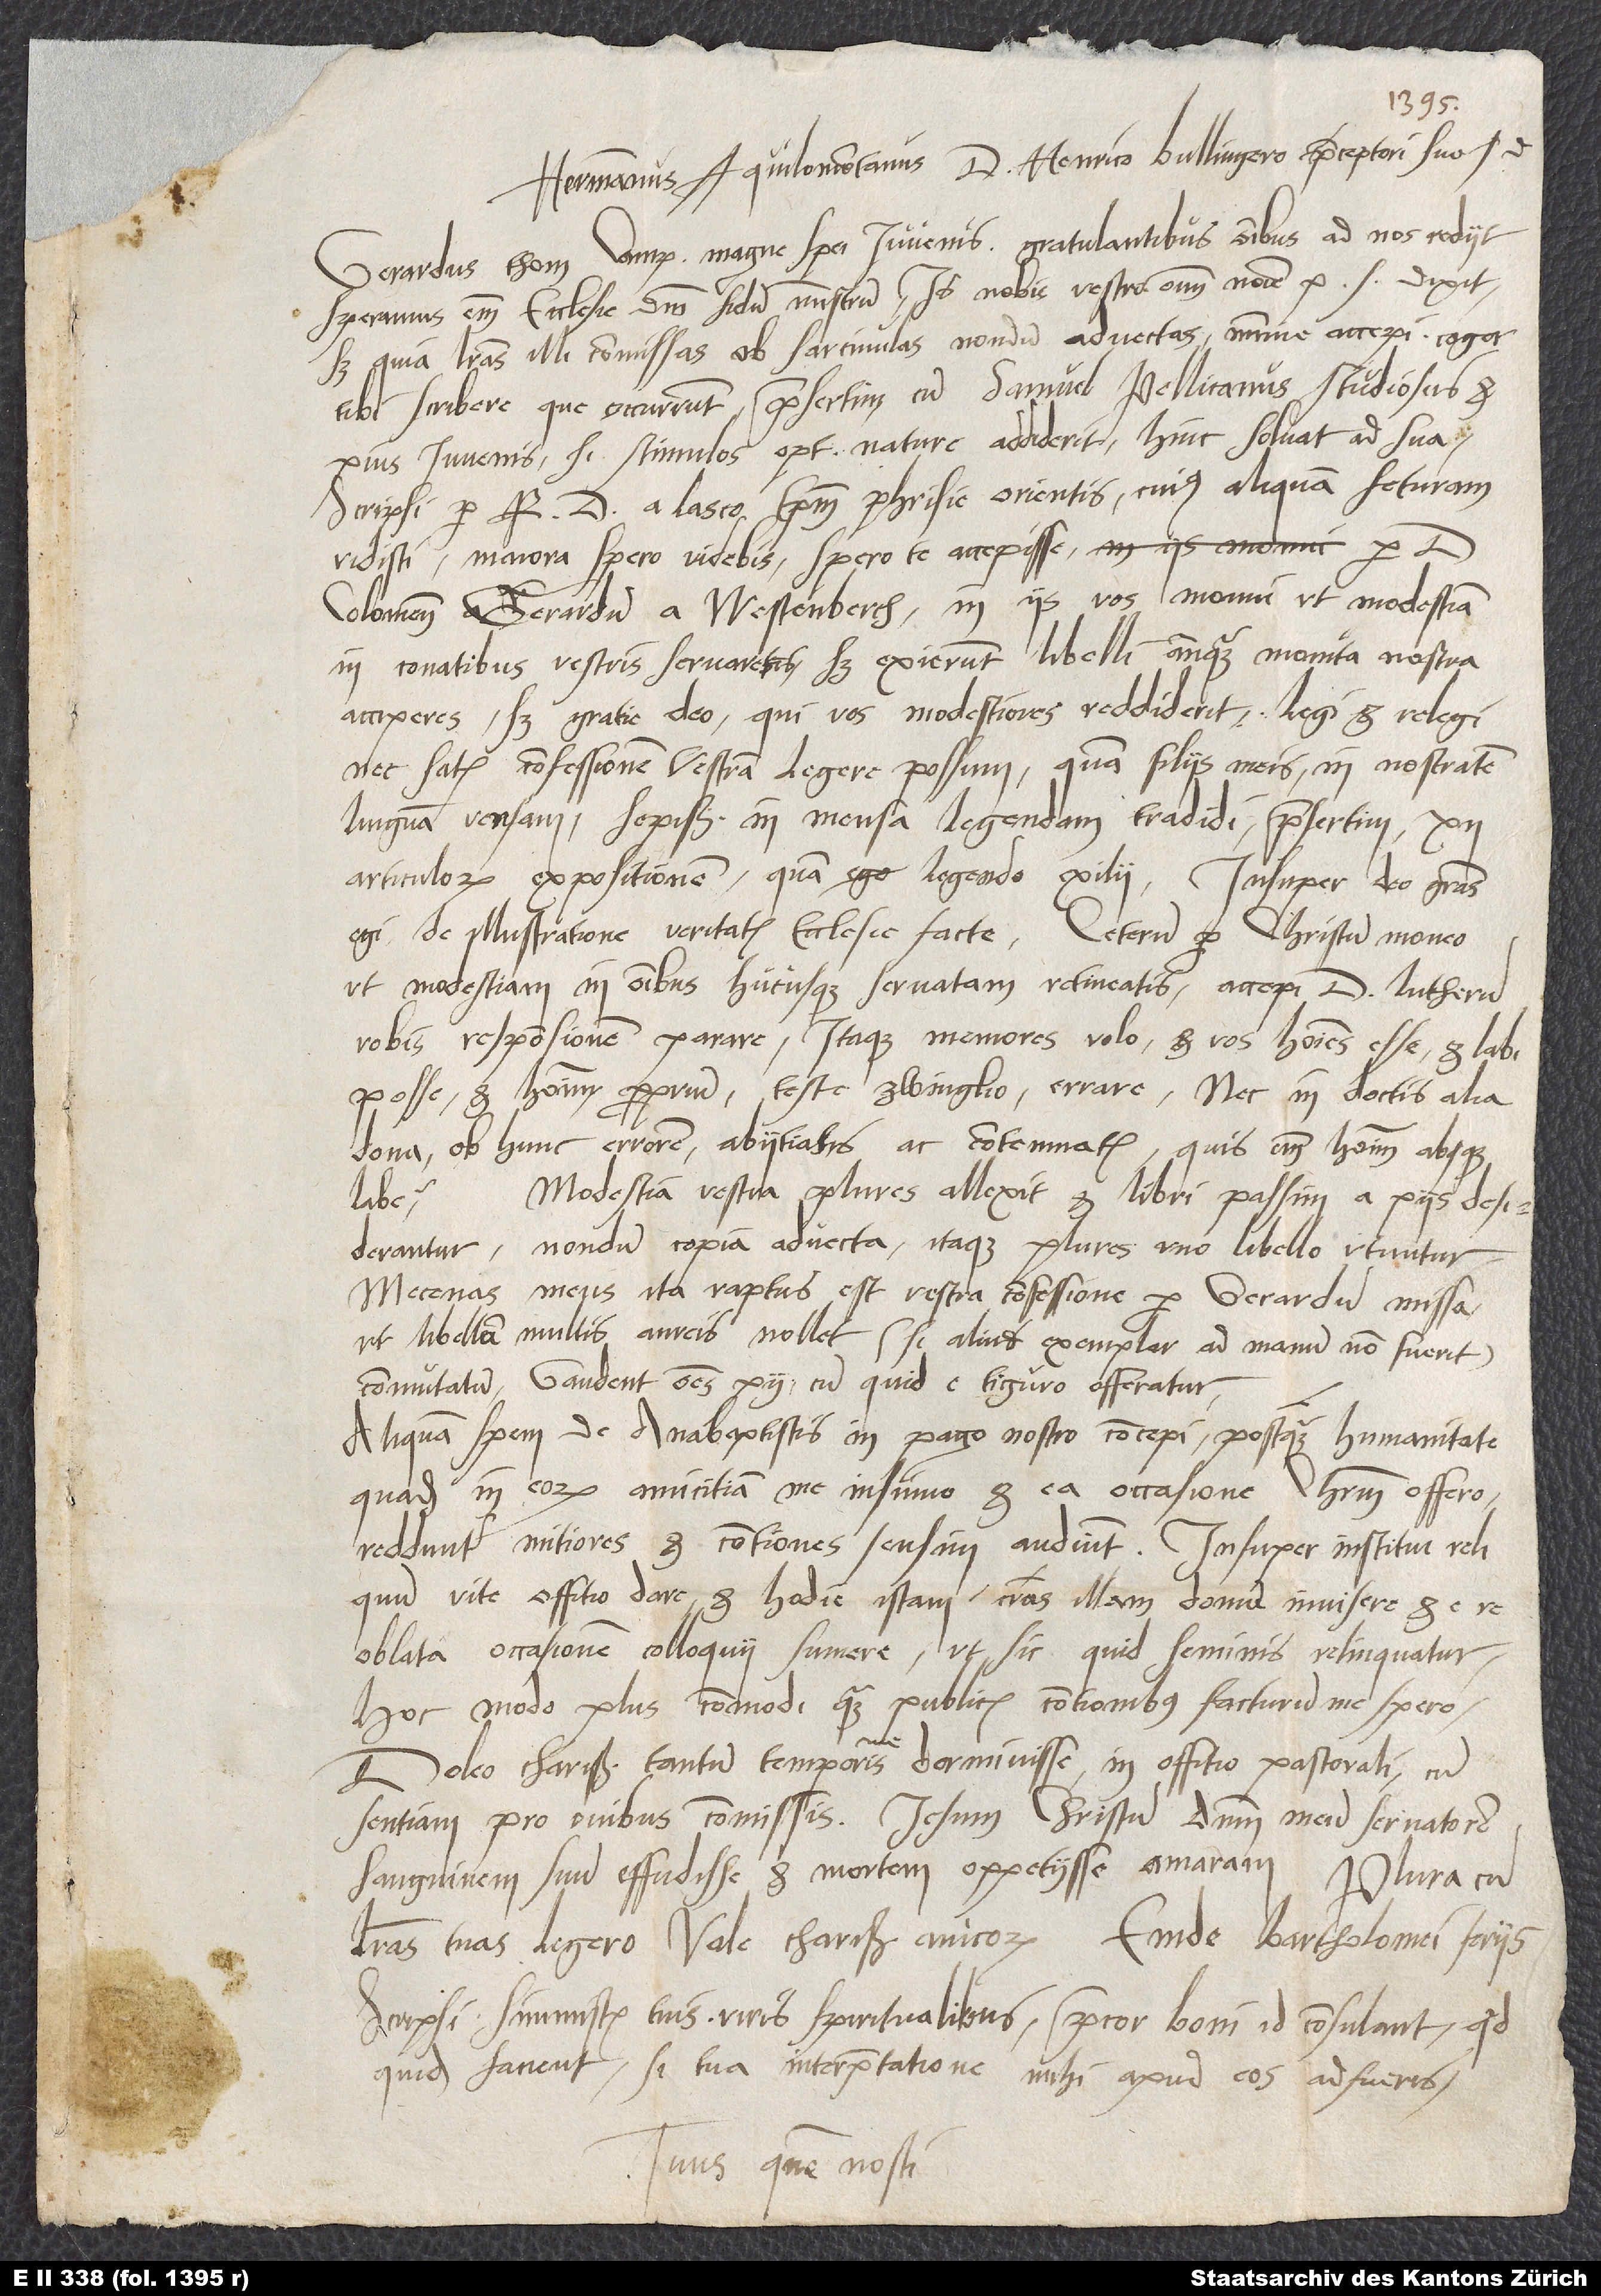
Hermannus Aquilomontanus d. Henrico Bullingero, praeceptori suo, s.
Gerardus thom Camp, magne spei iuvenis, gratulantibus omnibus ad nos rediit.
Speramus enim ecclesie domini fidum ministrum. Is nobis vestro omnium nomine p dixit,
sed quia literas illi commissas ob sarcinulas nondum advectas minime accepi, cogor
tibi scribere, que occurrunt, praesertim cum Samuel Pellicanus (studiosus et
pius iuvenis, si stimulos optime nature addiderit) hinc solvat ad sua.
Scripsi per reverendum d. a Lasco, episcopum Phrisie Orientis, cuius aliquam feturam
vidisti; maiora, spero, videbis. Spero te accepisse per d.
Coloniensem Gerardum a Westenberch. In iis vos monui, ut modestiam
in conatibus vestris servaretis; sed exierunt libelli, antequam monita nostra
acciperes. Sed gratie deo, qui vos modestiores reddiderit! Legi et relegi,
nec satis confessionem vestram legere possum, quam filiis meis in nostratem
linguam versam sepissime in mensa legendam tradidi, presertim 12
articulorum expositionem. Quam legendo exilii! Insuper deo gratias
egi de illustratione veritatis ecclesiae facte. Ceterum per Christum moneo,
ut modestiam in omnibus hucusque servatam retineatis. Accepi d. Lutherum
vobis responsionem parare. Itaque memores volo et vos homines esse et labi
posse, et hominorum proprium teste Zwinglio errare, nec in doctis alia
dona ob hunc errorem abiitiatis ac contemnatis. Quis enim hominum absque
Modestia vestra plures allexit et libri passim a piis desiderantur;
nondum copia advecta, itaque plures uno libello utuntur.
Mecenas meus ita raptus est vestra confessione per Gerardum missa,
ut libellum multis aureis nollet (si aliud exemplar ad manum non fuerit)
commutatum. Gaudent omnes pii, cum quid e Tiguro offeratur.
Aliquam spem de anabaptistis in pago nostro concepi, postquam humanitate
quadam in eorum amicitiam me insumo et ea occasione Christum offero.
Redduntur mitiores et contiones sensim audiunt. Insuper institui reliquum
offitio dare, et hodie istam, cras illam domum invisere et e re
oblata occasionem colloquii sumere, ut sic quid seminis relinquatur.
Hoc modo plus commodi quam publicis contionibus facturum me spero.
Doleo, charissime, tantum temporis me dormivisse in offitio pastorali, cum
sentiam pro ovibus commissis Iesum Christum dominum, meum servatorem,
sanguinem suum effudisse et mortem oppetiisse amaram. Plura, cum
literas tuas legero. Vale, charissime amicorum. Emde, Bartholomei feriis.
Scripsi simmistis tuis, viris spiritualibus. Precor, boni id consulant; quod
quidem facient, si tua interpretatione mihi apud eos adfueris.
Tuus, quem nosti.